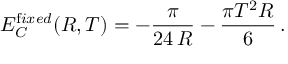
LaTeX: E _ { C } ^ { { \mathrm { f } i x e d } } ( R , T ) = - \frac { \pi } { 2 4 \, R } - \frac { \pi T ^ { 2 } R } { 6 } \, { . }